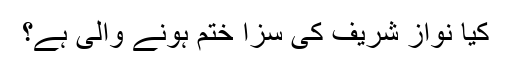
کیا نواز شریف کی سزا ختم ہونے والی ہے؟